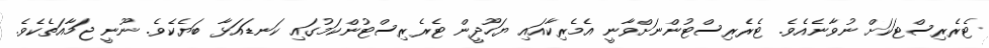
ޓެރެރިސްޓަކަށް ނުވާނެއެވެ. ޓެރެރިސްޓުންނަށްވާނީ އެމެރިކާއައި ޔަހޫދީން ޓެރެރިސްޓުންކަމުގައި ކަނޑައަޅާ ބަޔެކެވެ. ނޫނީ ޖަމާއަތެކެވެ.